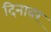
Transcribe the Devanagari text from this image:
दिनावर